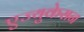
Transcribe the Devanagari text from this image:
एज्युकेसन